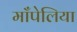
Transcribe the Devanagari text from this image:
माँपेलिया